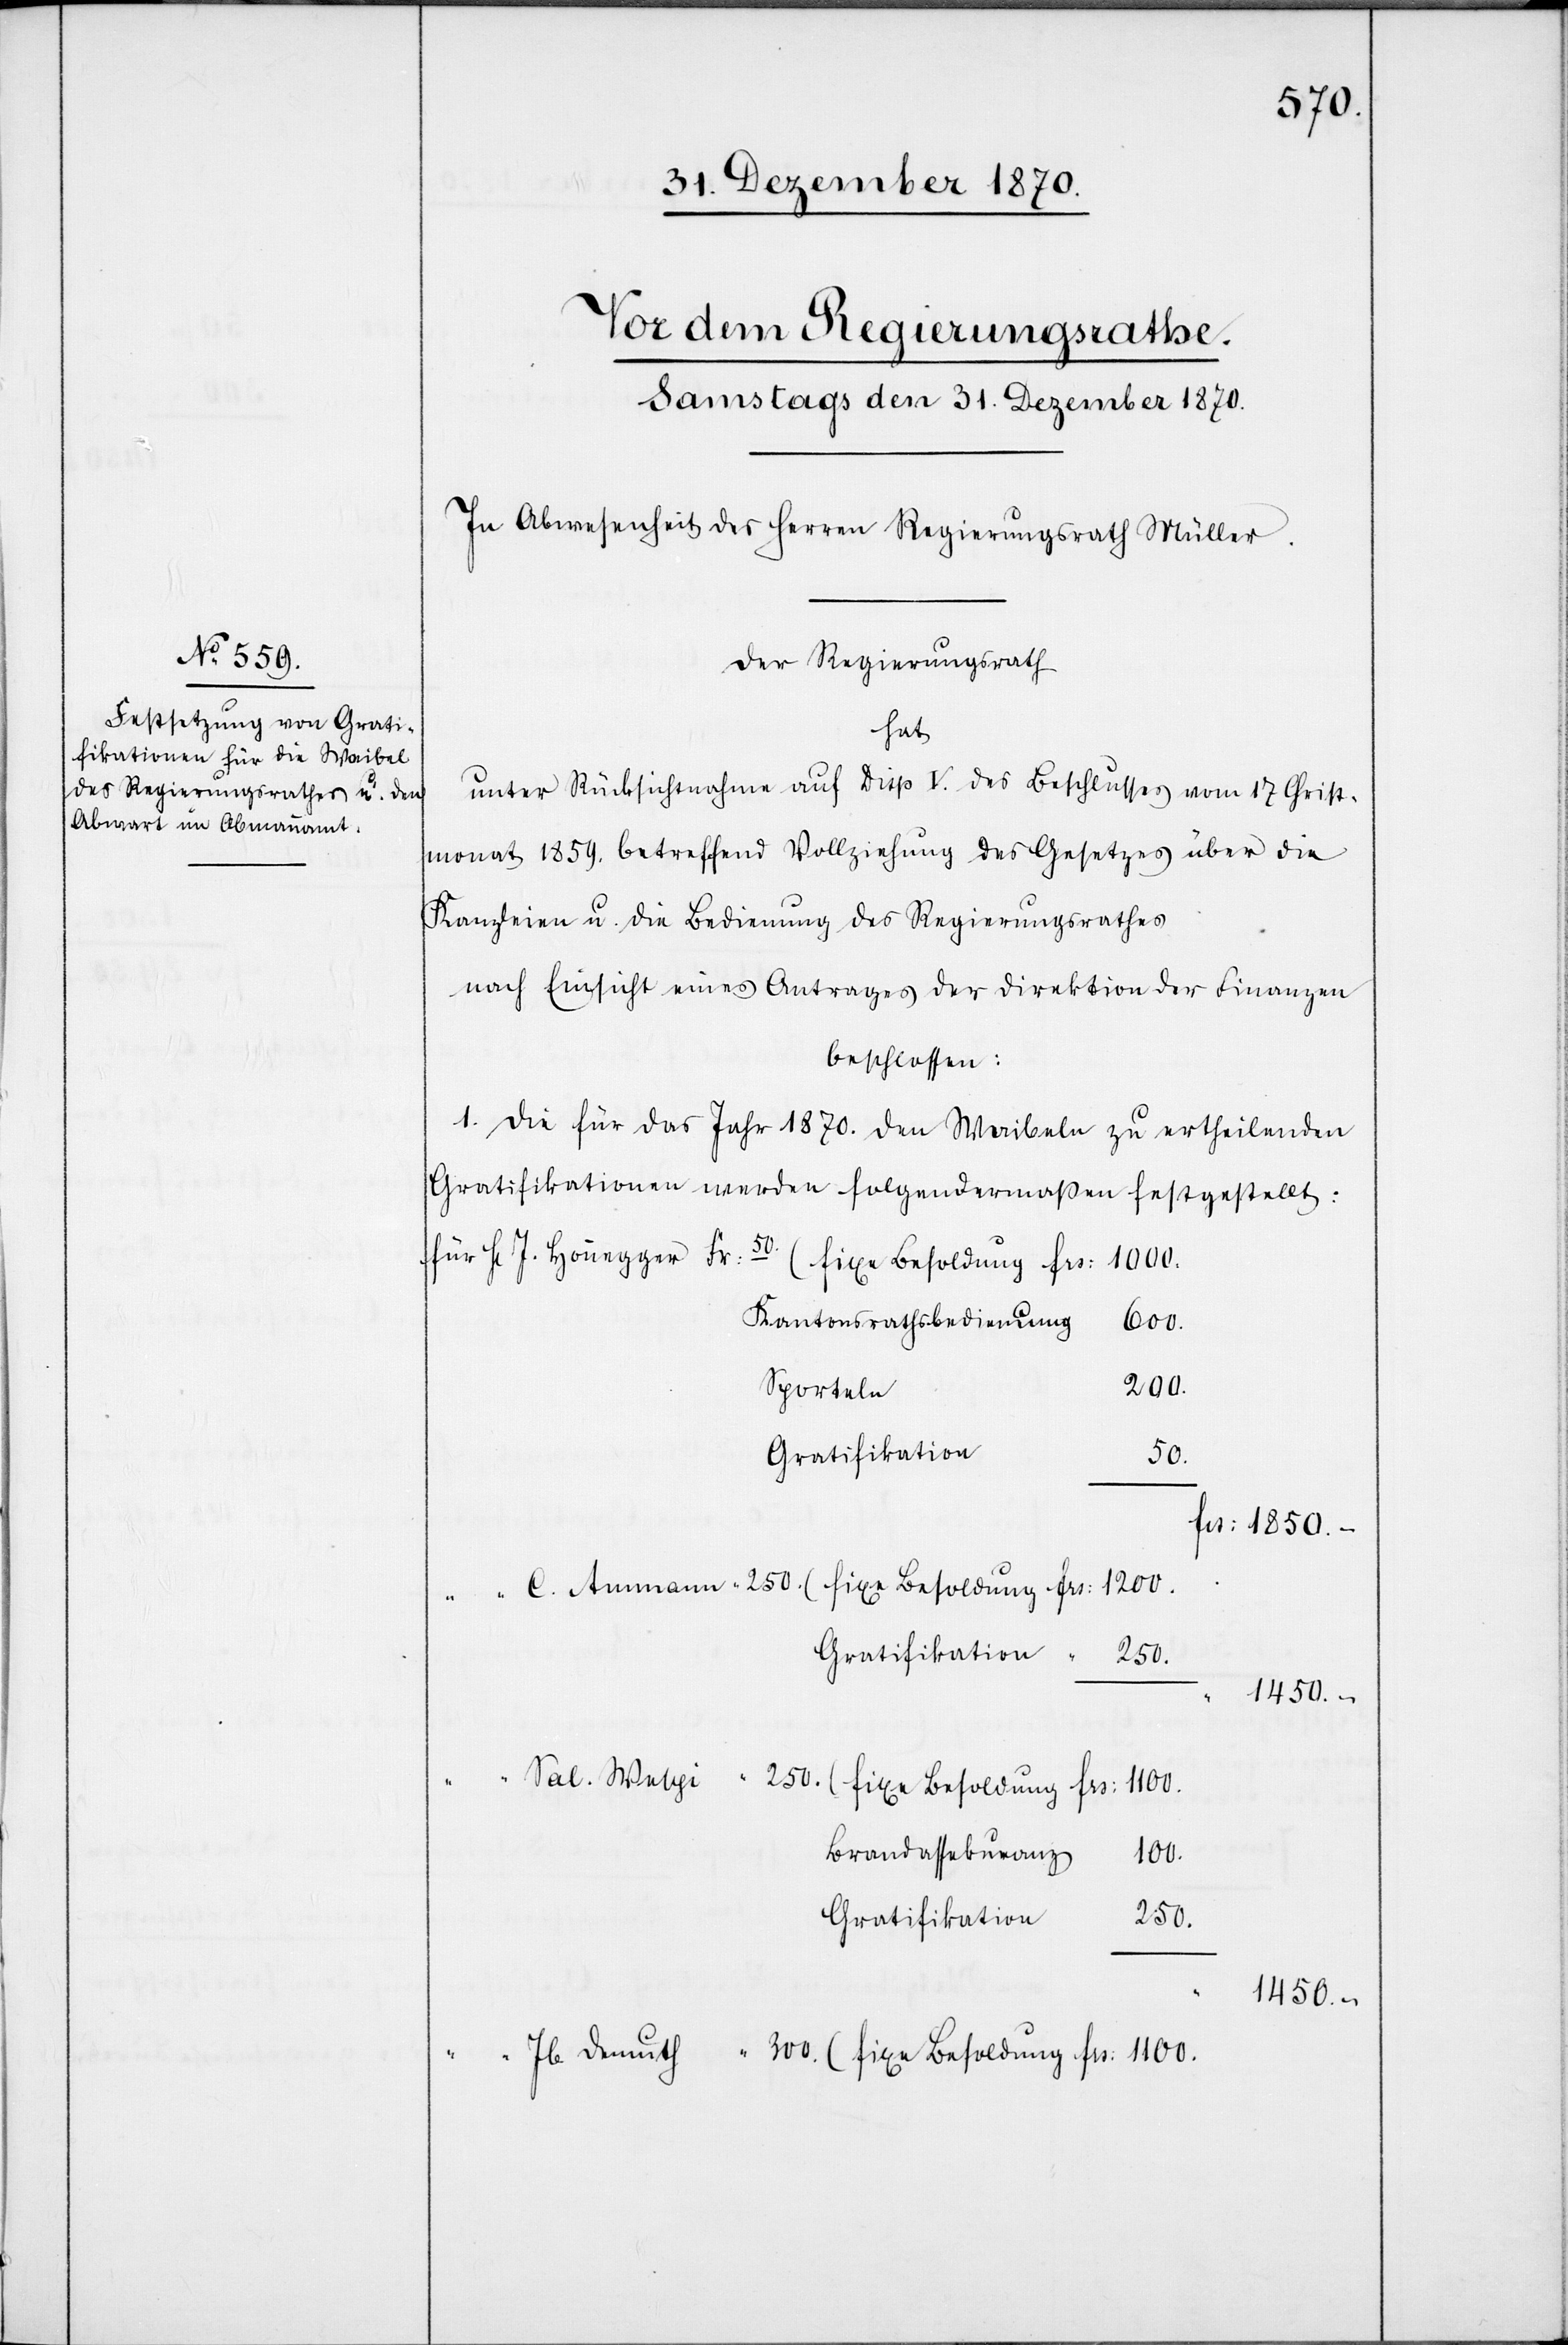
Der Regierungsrath
hat
unter Rücksichtnahme auf Disp. V. des Beschlusses vom 17 Christ¬
monat 1859. betreffend Vollziehung des Gesetzes über die
Kanzleien u. die Bedienung des Regierungsrathes
nach Einsicht eines Antrages der Direktion der Finanzen
beschlossen:
1. Die für das
Jahr 1870. den Waibeln zu ertheilenden
Gratifikationen werden folgendermaßen festgestellt:
J.
(fixe Besoldung
1100.
Kantonsrathsbedienung
600.
Sporteln
300.
Gratifikation
50.
Gratifikation
250.
1450.–
Brandassekuranz
100.
Frs:
250.